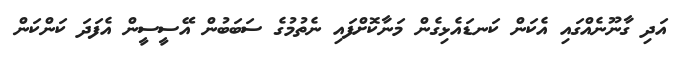
އަދި ގާނޫނެއްގައި އެކަން ކަނޑައެޅިގެން މަނާކޮށްފައި ނެތުމުގެ ސަބަބުން އޭސީސީން އެފަދަ ކަންކަން